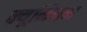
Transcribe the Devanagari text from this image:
क्यूनियम